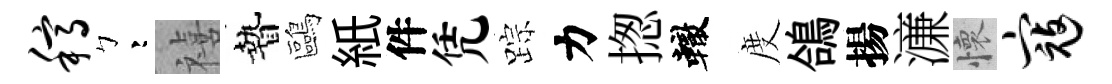
稿彎禧贄鷗紙件凭踪力揔轍度鴿揚濓懷寇